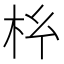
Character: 𭩡